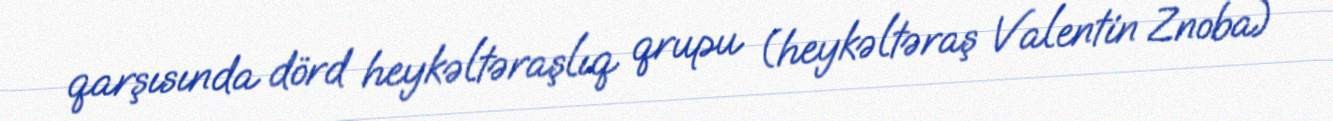
qarşısında dörd heykəltəraşlıq qrupu (heykəltəraş Valentin Znoba)